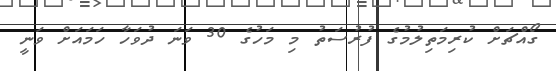
ގޯއްޗަށް ކުރިމަތިލުމުގެ ފުރުސަތު މި މަހުގެ 30 ވަނަ ދުވަހާ ހަމައަށް ވަނީ